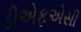
ડીએફએસી